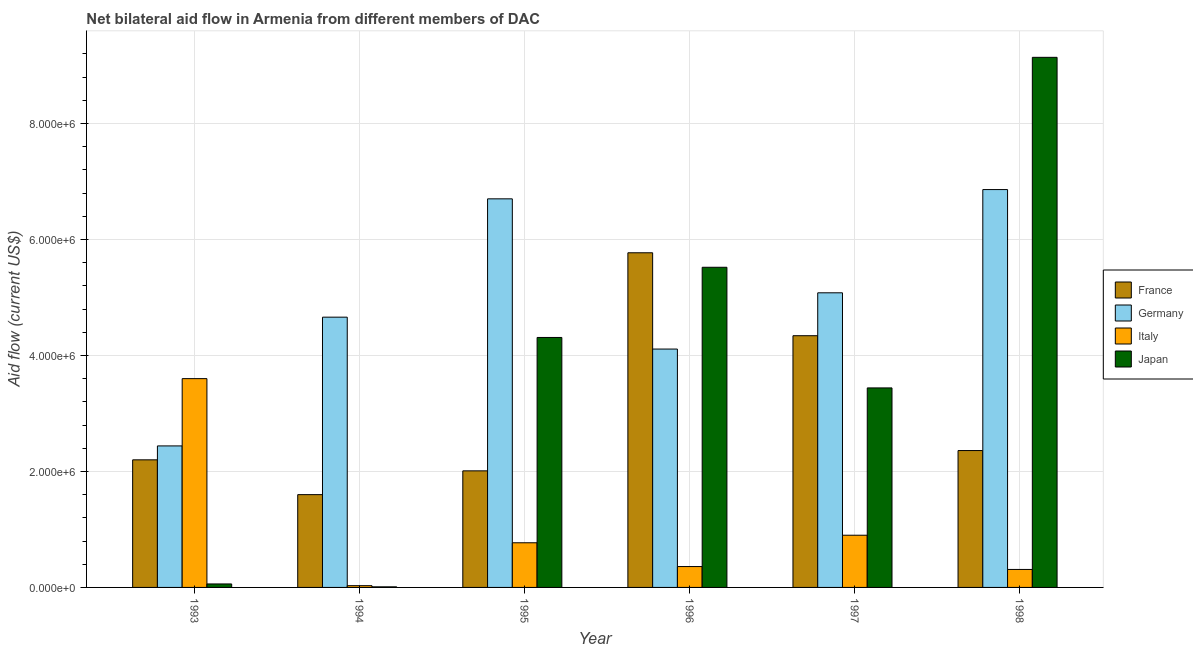
| Year | France | Germany | Italy | Japan |
 | --- | --- | --- | --- | --- |
 | 1993 | 2.2e+06 | 2.44e+06 | 3.6e+06 | 6e+04 |
 | 1994 | 1.6e+06 | 4.66e+06 | 3e+04 | 1e+04 |
 | 1995 | 2.01e+06 | 6.7e+06 | 7.7e+05 | 4.31e+06 |
 | 1996 | 5.77e+06 | 4.11e+06 | 3.6e+05 | 5.52e+06 |
 | 1997 | 4.34e+06 | 5.08e+06 | 9e+05 | 3.44e+06 |
 | 1998 | 2.36e+06 | 6.86e+06 | 3.1e+05 | 9.14e+06 |